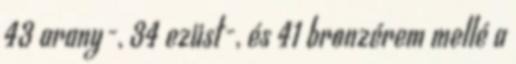
43 arany-, 34 ezüst-, és 41 bronzérem mellé a